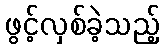
ဖွင့်လှစ်ခဲ့သည့်